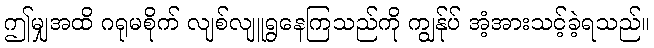
ဤမျှအထိ ဂရုမစိုက် လျစ်လျူရွနေကြသည်ကို ကျွန်ုပ် အံ့အားသင့်ခဲ့ရသည်။